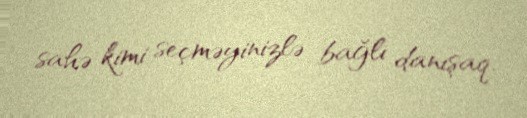
sahə kimi seçməyinizlə bağlı danışaq.